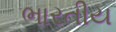
ભારતીય